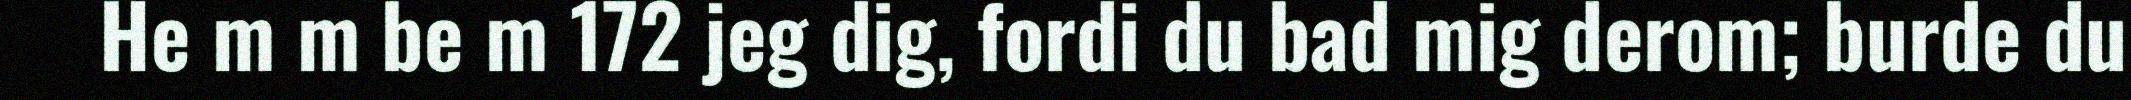
He m m be m 172 jeg dig, fordi du bad mig derom; burde du